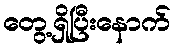
တွေ့ရှိပြီးနောက်